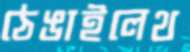
ঠেঙাইলেথ